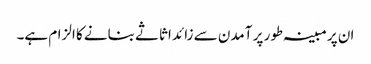
ان پر مبینہ طور پر آمدن سے زائد اثاثے بنانے کا الزام ہے۔